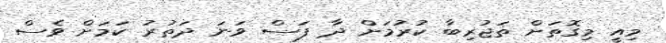
މިއީ މިގޮތަށް ތަޖުރިބާ ކުރުމަށް ދާ ފަސް ވަނަ ދަތުރު ކަމަށް ވެސް